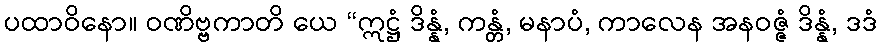
ပထာဝိနော။ ဝဏိဗ္ဗကာတိ ယေ “ဣဋ္ဌံ ဒိန္နံ, ကန္တံ, မနာပံ, ကာလေန အနဝဇ္ဇံ ဒိန္နံ, ဒဒံ